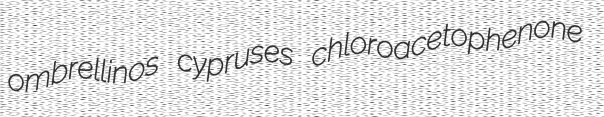
ombrellinos cypruses chloroacetophenone